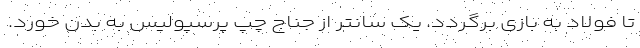
تا فولاد به بازی برگردد. یک سانتر از جناج چپ پرسپولیس به بدن خورد.